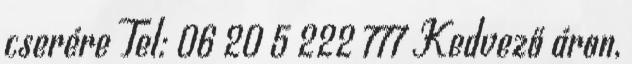
cserére Tel: 06 20 5 222 777 Kedvező áron,